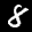
Digit: 8